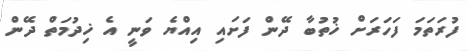
ފުރަތަމަ ފަހަރަށް ޚުތުބާ ދޭން ފަށައި އިއްޔެ ވަނީ އެ ޚިދުމަތް ދޭން